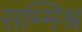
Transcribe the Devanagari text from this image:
सम्‍मिश्र